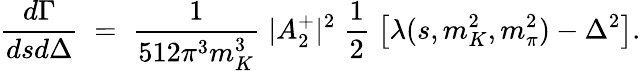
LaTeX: \frac{d\Gamma}{dsd\Delta}\; =\; \frac{1}{512\pi^{3}m_{K}^{3}}\; |A_{2}^{+}|^{2}\; \frac{1}{2}\; \left[\lambda(s,m_{K}^{2},m_{\pi}^{2})-\Delta^{2}\right].